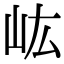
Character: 𡵓